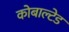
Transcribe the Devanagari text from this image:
कोबाल्टेड